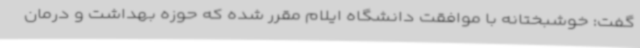
گفت: خوشبختانه با موافقت دانشگاه ایلام مقرر شده که حوزه بهداشت و درمان